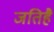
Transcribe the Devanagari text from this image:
जतिहै